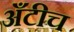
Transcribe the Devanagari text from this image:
अँटीच